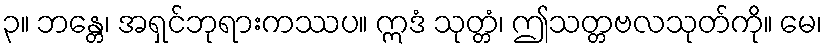
၃။ ဘန္တေ၊ အရှင်ဘုရားကဿပ။ ဣဒံ သုတ္တံ၊ ဤသတ္တဗလသုတ်ကို။ မေ၊